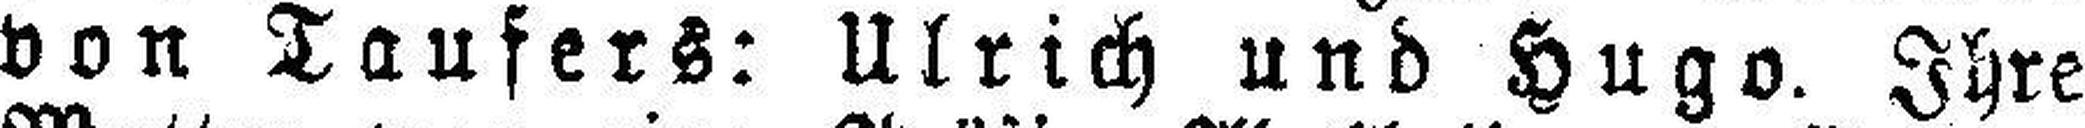
von Taufers: Ulrich und Hugo. Ihre